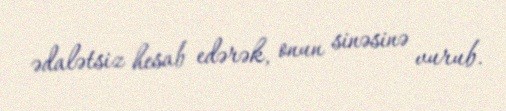
ədalətsiz hesab edərək, onun sinəsinə vurub.